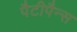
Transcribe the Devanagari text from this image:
पैटीपैन्स